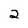
Character: 2